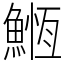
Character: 䱭